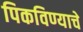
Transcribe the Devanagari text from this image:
पिकविण्याचे